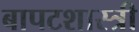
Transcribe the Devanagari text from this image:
बापटशास्त्री